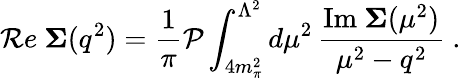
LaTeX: {\cal R}e\ {\mathbf\Sigma}(q^{2})=\frac{1}{\pi}{\cal P}\int_{4m_{\pi}^{2}}^{\Lambda^{2}}d\mu^{2}\, \frac{\mathrm{Im}\ {\mathbf\Sigma}(\mu^{2})}{\mu^{2}-q^{2}}\ .